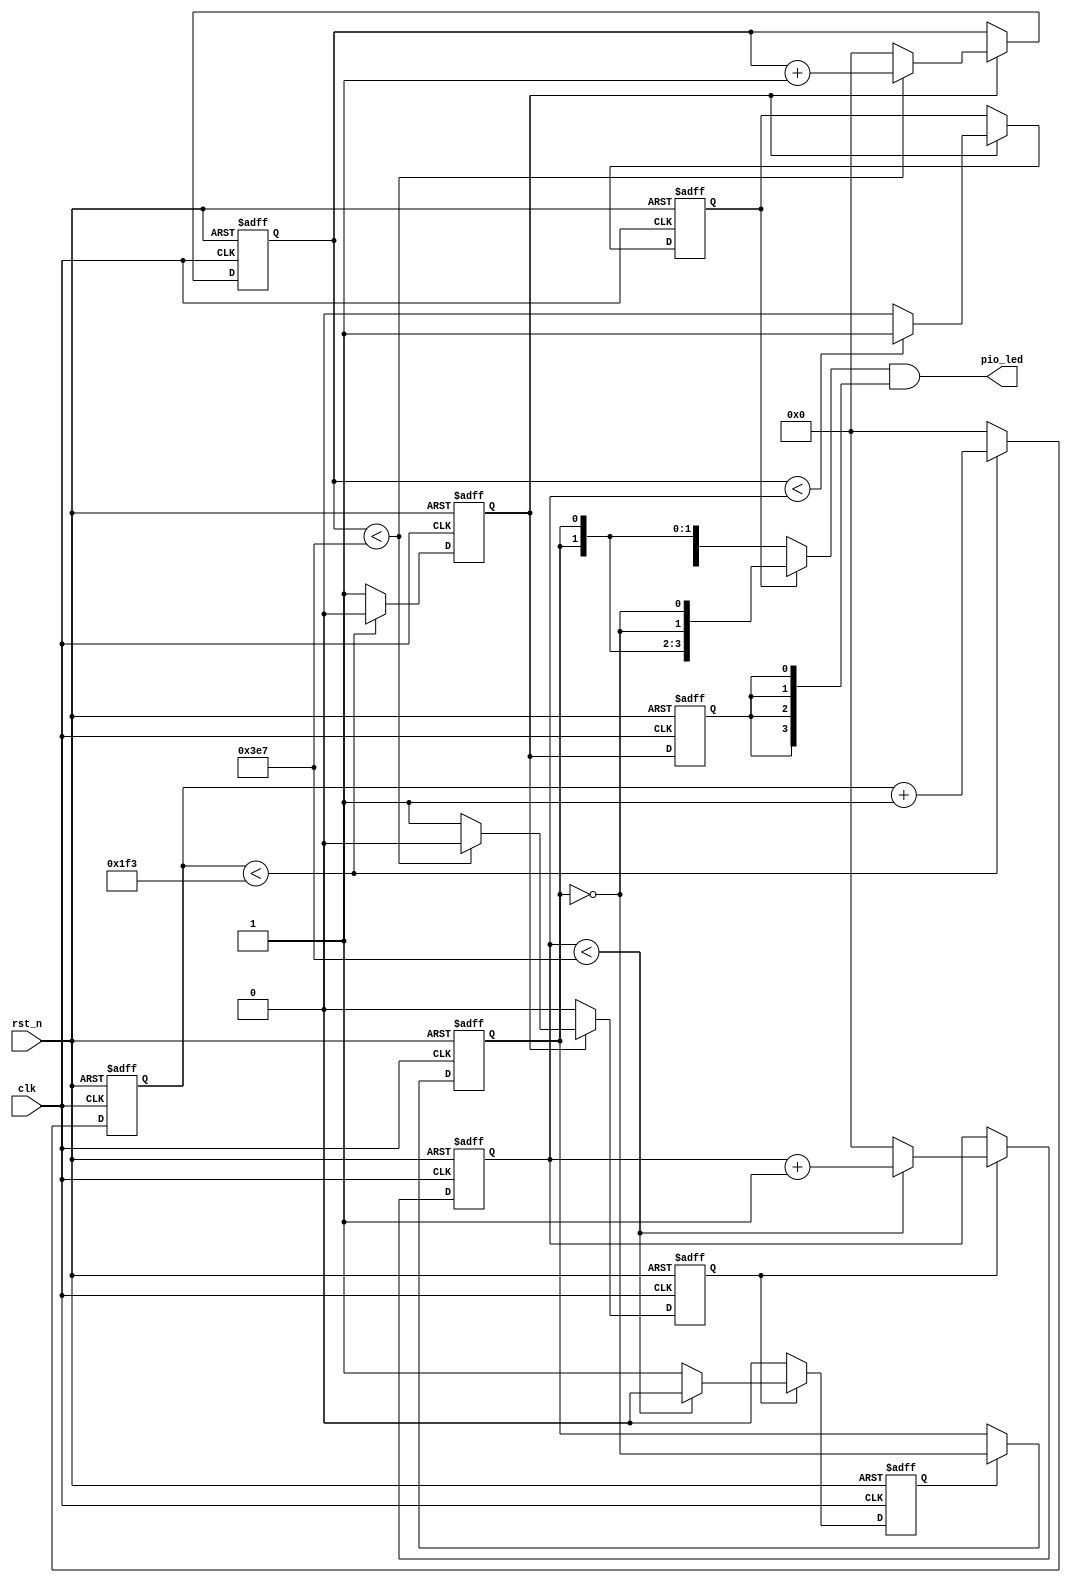
module pulse(clk, rst_n, pio_led);

	input clk, rst_n;

	output[3:0] pio_led;
	
	reg [31:0] count1, count2, count3;   //, count_duty
	reg flag1, flag2, flag3, flag4, pwm, flag1_1;
	
//	parameter CNT1 = 49; //1s/1us, 50-1
	parameter CNT1 = 499; //10s/10us, 500-1
	parameter CNT3 = 999; //1000-1
	
	
	always @ (posedge clk or negedge rst_n)
	begin
		if (!rst_n)
			begin
				flag1 <= 0;
				count1 <= 0;
			end
		else
			begin
				if (count1 < CNT1)
					begin
						count1 <= count1 + 1;
						flag1 <= 0;
					end
				else
					begin
						count1 <= 0;
						flag1 <= 1;
					end
			end
	end

	always @ (posedge clk or negedge rst_n)
	begin
		if (!rst_n)
			begin
				count2 <= 0;
				flag2 <= 0;
			end
		else if (flag1)
			begin
				if (count2 < CNT3)
					begin
						count2 <= count2 + 1;
						flag2 <= 0;
					end
				else
					begin
						count2 <= 0;
						flag2 <= 1;
					end
			end
		else
			flag2 <= 0;
	end

	always @ (posedge clk or negedge rst_n)
	begin
		if (!rst_n)
			begin
				count3 <= 0;
				flag3 <= 0;
			end
		else if (flag2)
			begin
				if (count3 < CNT3)
					begin
						count3 <= count3 + 1;
						flag3 <= 0;
					end
				else
					begin
						count3 <= 0;
						flag3 <= 1;
					end
			end
		else
			flag3 <= 0;
	end

	always @ (posedge clk or negedge rst_n)
	begin
		if (!rst_n)
			flag4 <= 1;
		else if (flag1)
			begin
				if (count2 < count3)
					flag4 <= 1;
				else
					flag4 <= 0;
			end
	end

	always @ (posedge clk or negedge rst_n)
	begin
		if (!rst_n)
			begin
				pwm <= 0;
			end
		else if (flag3)
			pwm <= ~pwm;
		else
			pwm <= pwm;
	end
	
	assign pio_led = (flag4 ? {{2{pwm}}, {2{~pwm}}} : {{2{~pwm}}, {2{pwm}}}) & {4{flag1_1}};
	
	always @ (posedge clk or negedge rst_n)
	begin
		if (!rst_n)
			begin
				flag1_1 <= 0;
			end
		else
			flag1_1 <= flag1;
	end

	
endmodule